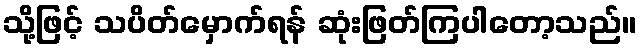
သို့ဖြင့် သပိတ်မှောက်ရန် ဆုံးဖြတ်ကြပါတော့သည်။